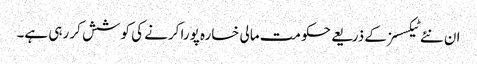
ان نئے ٹیکسسز کے ذریعے حکومت مالی خسارہ پورا کرنے کی کوشش کر رہی ہے۔